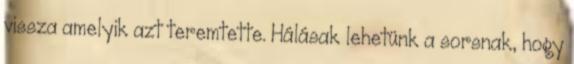
vissza amelyik azt teremtette. Hálásak lehetünk a sorsnak, hogy